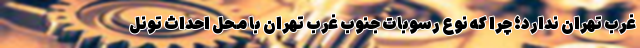
غرب تهران ندارد؛ چرا که نوع رسوبات جنوب غرب تهران با محل احداث تونل